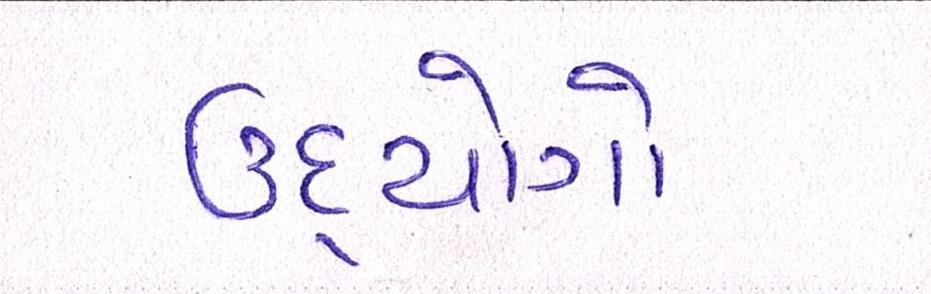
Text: ઉદ્યોગો